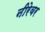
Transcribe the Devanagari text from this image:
नीरेवर